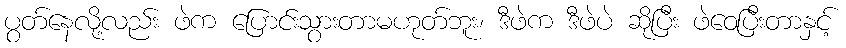
ပွတ်နေလို့လည်း ဖဲက ပြောင်းသွားတာမဟုတ်ဘူး၊ ဒီဖဲက ဒီဖဲပဲ ဆိုပြီး ဖဲဝေပြီးတာနှင့်